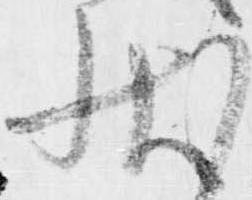
状